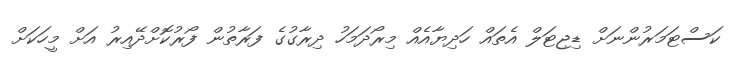
ކަސްޓަމަރުންނަށް ޑިޖިޓަލް އެތައް ހަދިޔާއެއް މިރޯދަމަހު ދިރާގުގެ ފަރާތުން ފޯރުކޮށްދޭއިރު އަށް މީހަކަށް